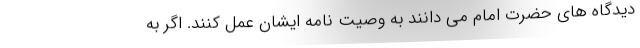
دیدگاه های حضرت امام می دانند به وصیت نامه ایشان عمل کنند. اگر به